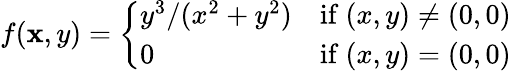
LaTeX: f(\mathbf{x},y)={\left\{ \begin{array}{ll}{y^{3}/(x^{2}+y^{2})}&{{\mathrm{if~}}(x,y)\neq(0,0)}\\ {0}&{{\mathrm{if~}}(x,y)=(0,0)}\end{array}\right.}